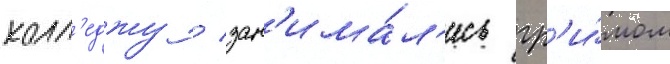
колл'еджу / зан'има́л'ись гр'и́мом